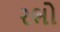
રભો